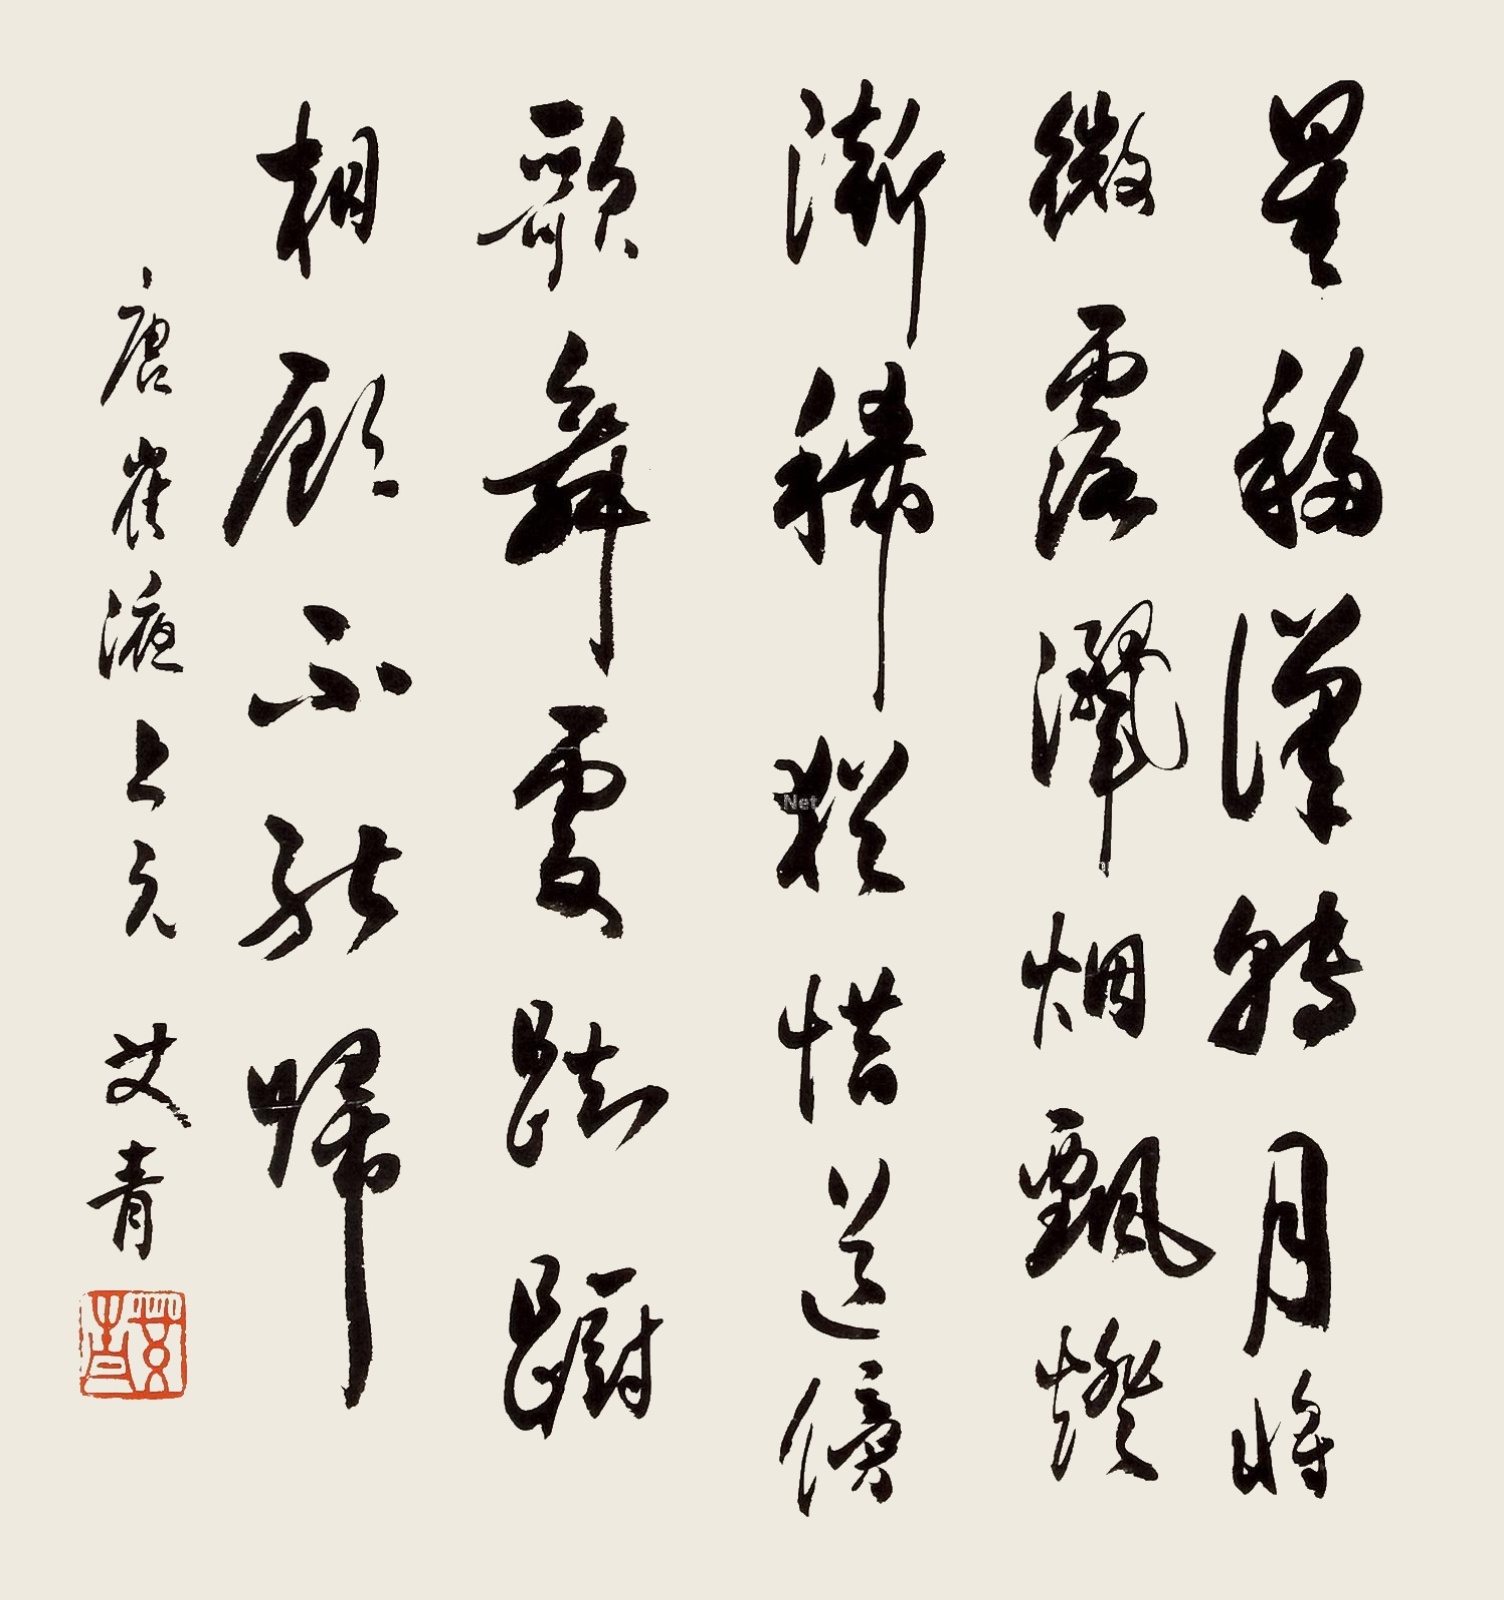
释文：星移汉转月将微，露洒烟飘灯渐稀，犹惜路傍歌舞处，踌蹰相顾不能归。唐崔液上元艾青。